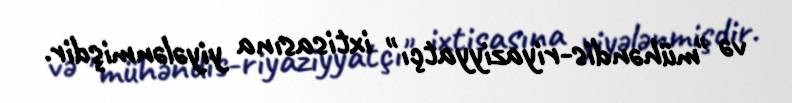
və "mühəndis-riyaziyyatçı" ixtisasına yiyələnmişdir.